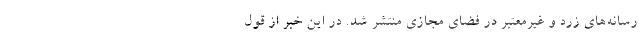
رسانه‌های زرد و غیرمعتبر در فضای مجازی منتشر شد. در این خبر از قول